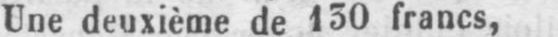
Une deuxième de 130 francs,